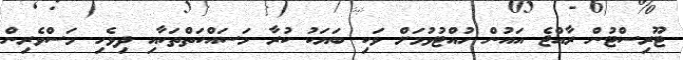
ޓޫރިސްޓުން ރާއްޖެ އައުން ހުއްޓުވުމަށް ވަކި ބަޔަކު ކުރާ މަސައްކަތްތަކާއި ދިވެހި މަސްވެރިން